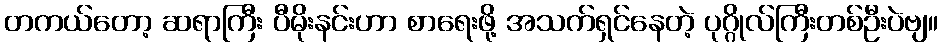
တကယ်တော့ ဆရာကြီး ပီမိုးနင်းဟာ စာရေးဖို့ အသက်ရှင်နေတဲ့ ပုဂ္ဂိုလ်ကြီးတစ်ဦးပဲဗျ။